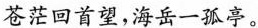
苍茫回首望，海岳一孤亭。